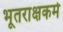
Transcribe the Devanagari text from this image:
भूतराक्षकर्म